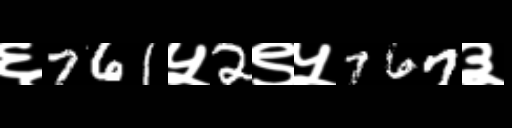
Text: ६761५2९५767३